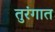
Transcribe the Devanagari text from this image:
तुरंगात